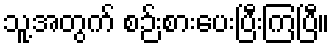
သူ့အတွက် စဉ်းစားပေးပြီးကြပြီ။